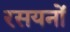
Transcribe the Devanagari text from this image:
रसयनों